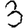
Digit: 3